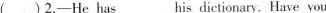
( )2.—He has his ___ dictionary. Have you